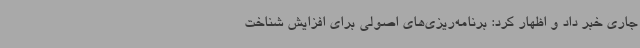
جاری خبر داد و اظهار کرد: برنامه‌ریزی‌های اصولی برای افزایش شناخت